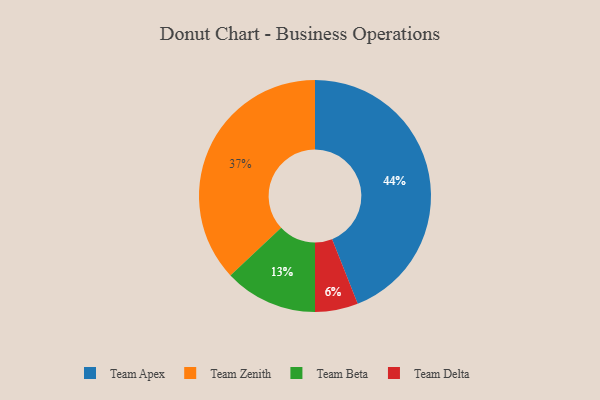
{"axis": {"x": "Category", "y": "Percentage"}, "legend": ["Team Apex", "Team Beta", "Team Delta", "Team Zenith"], "data": [{"x": "Team Delta", "y": 6, "type": "Team Delta"}, {"x": "Team Apex", "y": 44, "type": "Team Apex"}, {"x": "Team Zenith", "y": 37, "type": "Team Zenith"}, {"x": "Team Beta", "y": 13, "type": "Team Beta"}]}